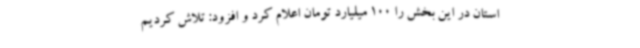
استان در این بخش را 100 میلیارد تومان اعلام کرد و افزود: تلاش کردیم